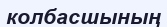
колбасшының